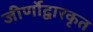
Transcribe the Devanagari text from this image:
जीर्णोद्वारकृत